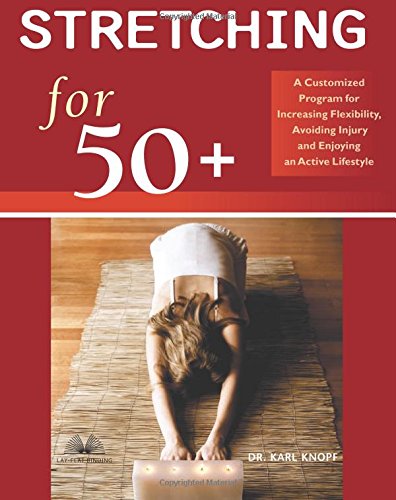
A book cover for Stretching for 50+: A Customized Program for Increasing Flexibility, Avoiding Injury, and Enjoying an Active Lifestyle; Karl Knopf; Health, Fitness & Dieting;